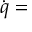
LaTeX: { \dot { q } } =